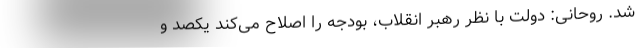
شد. روحانی: دولت با نظر رهبر انقلاب، بودجه را اصلاح می‌کند یکصد و